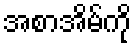
အစာအိမ်ကို